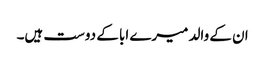
ان کے والد میرے ابا کے دوست ہیں۔